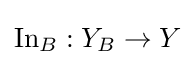
\operatorname {In} _{B}:Y_{B}\to Y